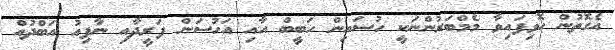
އެގޮތުން ހޮވިފައިވާ މެމްބަރުންނަކީ ހުސައިން ހަބީބް އާއި އަހުސަން ފަރީދާއި ނާފިއު އަބްދުއް